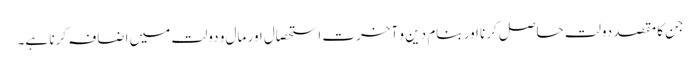
جن کا مقصد دولت حاصل کرنا اور بنام دین و آخرت استحصال اور مال و دولت میں اضافہ کرنا ہے۔